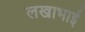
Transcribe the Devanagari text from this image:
लखाभाई